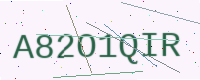
Text: A82O1QIR